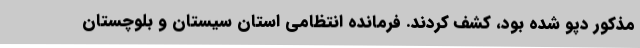
مذکور دپو شده بود، کشف کردند. فرمانده انتظامی استان سیستان و بلوچستان